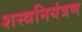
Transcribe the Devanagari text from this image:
शस्त्रनियंत्रण